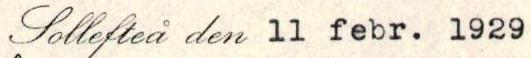
Sollefteå den 11 febr. 1929